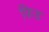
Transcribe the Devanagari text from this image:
फिड